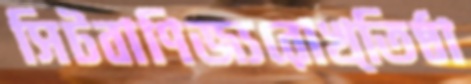
সিটবাণিজ্যরোখ্‌তিষ্ঠা